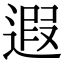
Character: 遐